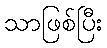
သာဖြစ်ပြီး